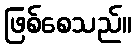
ဖြစ်စေသည်။